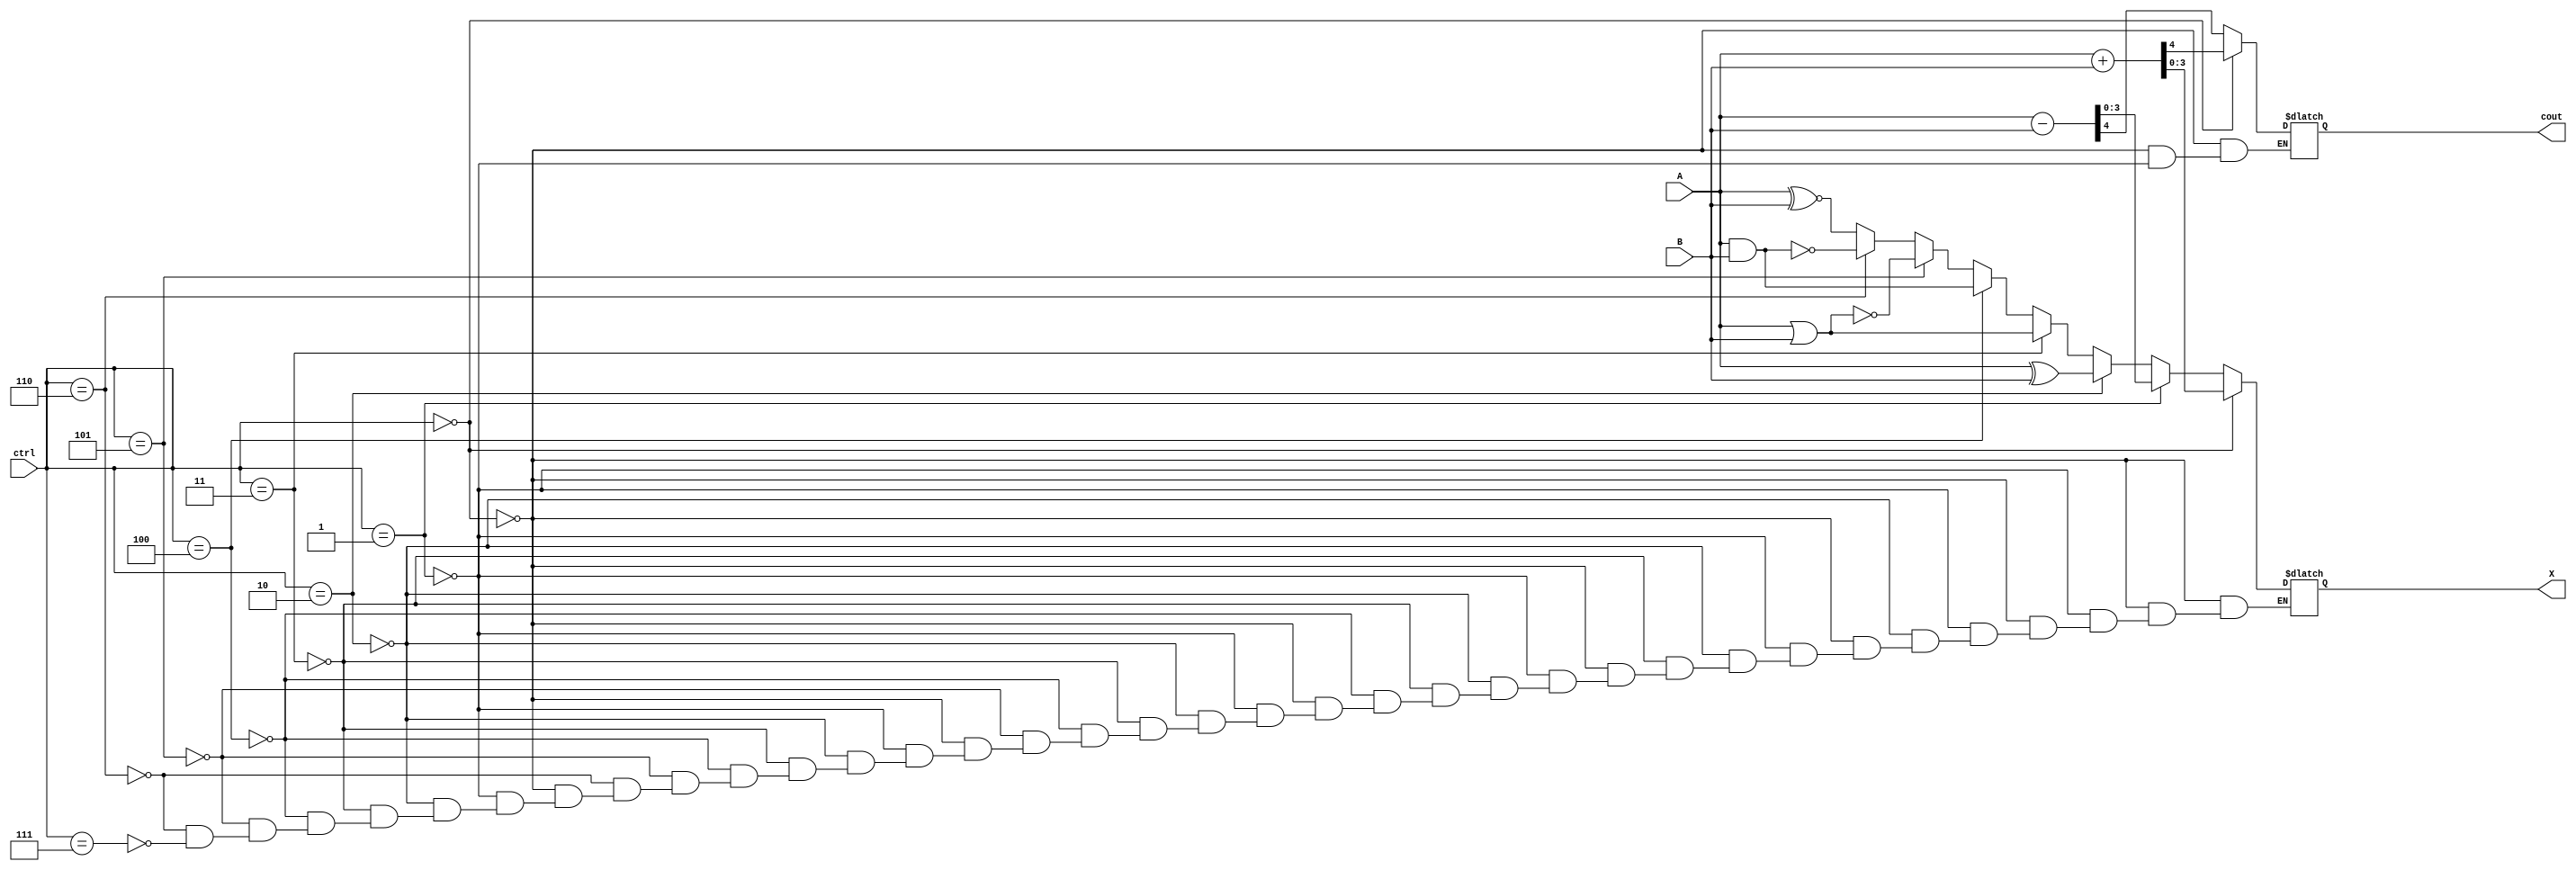
`timescale 1ns/1ps

module alu(ctrl,A,B,X,cout);
input [2:0] ctrl;
input [3:0] A,B;
output [3:0] X;
reg [3:0] X;
output cout;
reg cout;
always@(*)
begin

if(ctrl==3'b000)
    {cout,X}=A+B;
else if(ctrl==3'b001)
    {cout,X}= A-B;
else if(ctrl==3'b010)
    X = A ^ B;
else if(ctrl==3'b011)
    X = A | B;
else if(ctrl==3'b100)
    X = A & B;
else if(ctrl==3'b101)
    X = A ~| B;
else if(ctrl==3'b110)
    X = A ~& B;
else if(ctrl==3'b111)
    X = A ^~B;
    
end
endmodule

module tb2;
reg [3:0] A,B;
reg [2:0] ctrl;
wire [3:0] X;
wire cout;

alu al(ctrl,A,B,X,cout);

initial begin
$monitor(,$time,"A=%b B=%b ctrl=%b X=%b",A,B,ctrl,X);
#0 A = 4'd8; B=4'd1; ctrl=3'b000;
#5 A = 4'd2; B=4'd3; ctrl=3'b010;
#10 A = 4'd4; B=4'd5; ctrl=3'b011;
end

endmodule